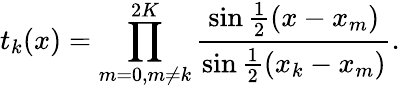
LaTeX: t_{k}(x)=\prod_{m=0,m\neq k}^{2K}{\frac{\sin{\frac{1}{2}}(x-x_{m})}{\sin{\frac{1}{2}}(x_{k}-x_{m})}}.